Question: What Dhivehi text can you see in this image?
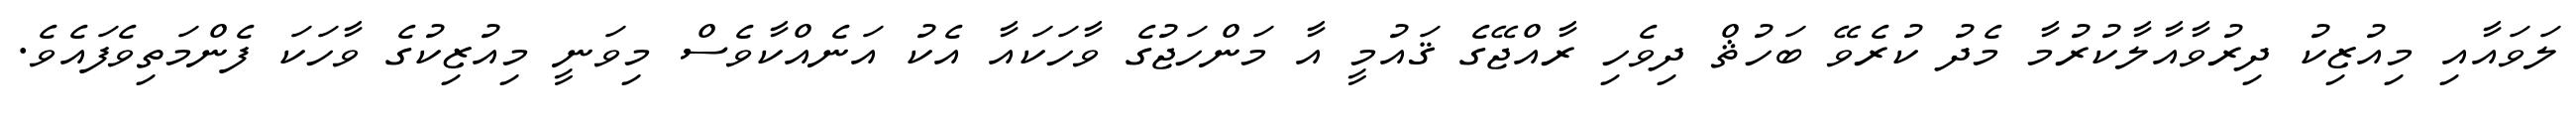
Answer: ލަވައާއި މިއުޒިކު ދިރުވާއާލާކުރުމާ މެދު ކުރެވޭ ބަހުޘް ދިވެހި ރާއްޖޭގެ ޤައުމީ އާ މަންހަޖުގެ ވާހަކައާ އެކު އަނެއްކާވެސް މިވަނީ މިއުޒިކުގެ ވާހަކަ ފެންމަތިވެފައެވެ.